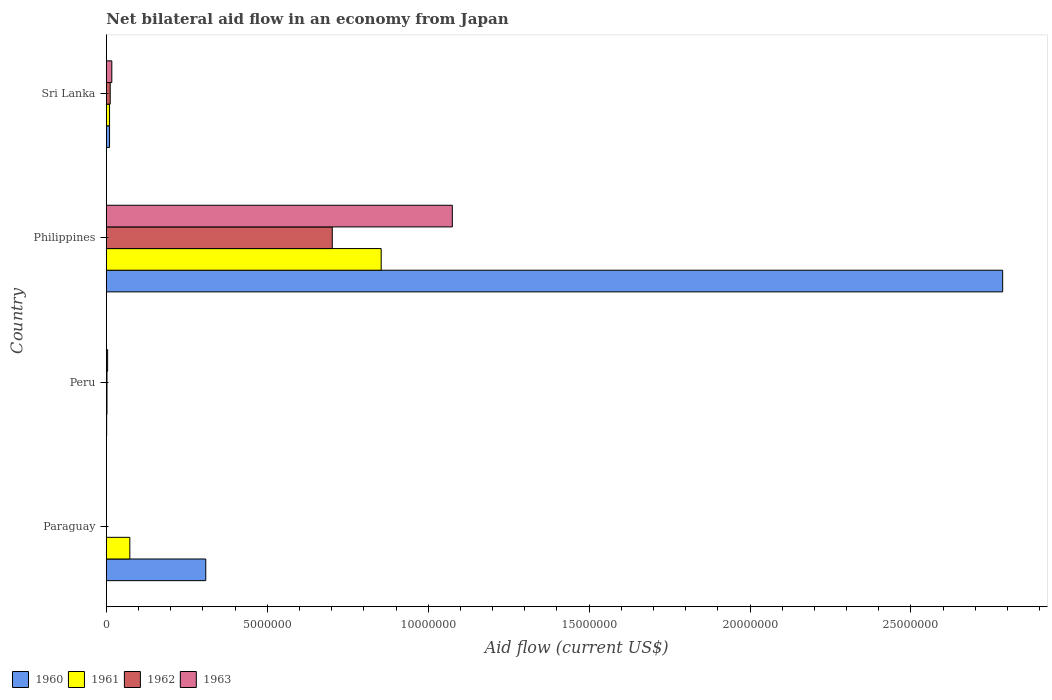
| Country | 1960 | 1961 | 1962 | 1963 |
 | --- | --- | --- | --- | --- |
 | Paraguay | 3.09e+06 | 7.3e+05 | -4.1e+05 | -4.1e+05 |
 | Peru | 1e+04 | 2e+04 | 2e+04 | 4e+04 |
 | Philippines | 2.78e+07 | 8.54e+06 | 7.02e+06 | 1.08e+07 |
 | Sri Lanka | 1e+05 | 1e+05 | 1.2e+05 | 1.7e+05 |